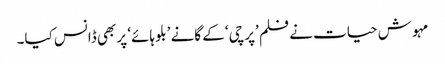
مہوش حیات نے فلم ’پرچی‘ کے گانے ’بلو ہائے‘ پر بھی ڈانس کیا۔